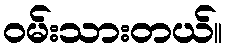
ဝမ်းသားတယ်။